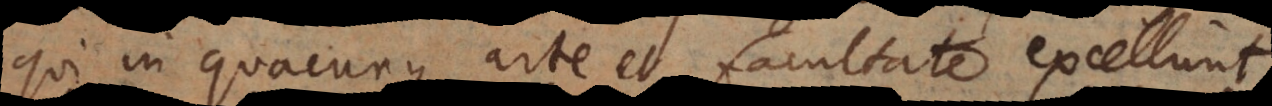
qui in quacunque arte et facultate excellunt